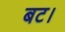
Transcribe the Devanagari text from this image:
बट।